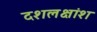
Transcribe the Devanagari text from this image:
दशलक्षांश